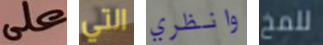
على التي وانظري للمخ